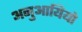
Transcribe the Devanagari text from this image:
अनुआयियो